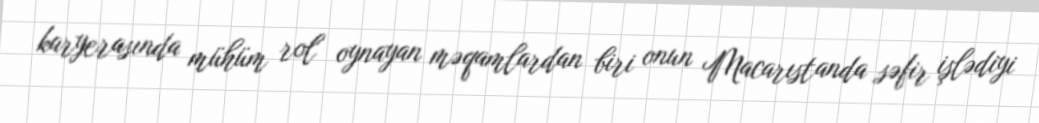
karyerasında mühüm rol oynayan məqamlardan biri onun Macarıstanda səfir işlədiyi